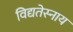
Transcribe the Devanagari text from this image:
विद्यतेस्नाय